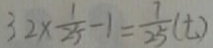
3 2 \times \frac { 1 } { 2 5 } - 1 = \frac { 7 } { 2 5 } ( t )